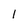
Character: I